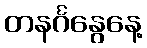
တနင်္ဂနွေနေ့